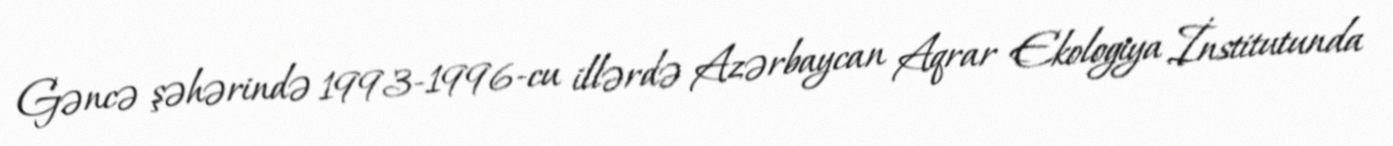
Gəncə şəhərində 1993-1996-cu illərdə Azərbaycan Aqrar Ekologiya İnstitutunda